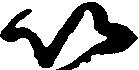
以